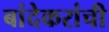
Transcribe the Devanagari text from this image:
बांदेकरांची